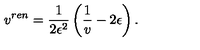
v ^ { r e n } = \frac { 1 } { 2 \epsilon ^ { 2 } } \left( \frac { 1 } { v } - 2 \epsilon \right) .